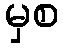
မှစ